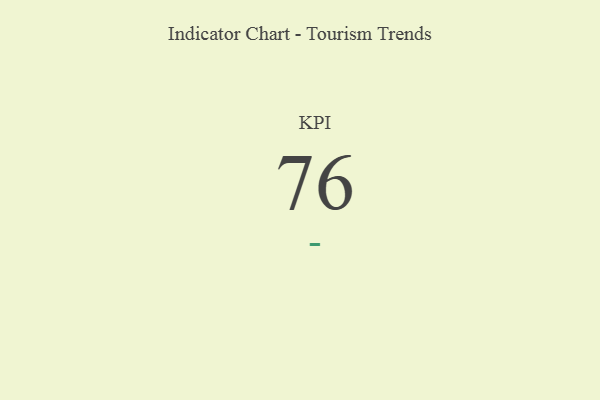
{"axis": {"x": "KPI", "y": "Value"}, "legend": [""], "data": [{"x": "KPI", "y": 76, "type": ""}]}